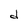
Character: d